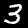
Label: 3